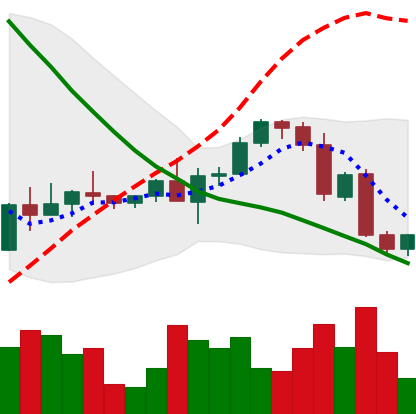
Ticker: ETH-USD
Chart end date: 2022-09-17
Forward return: -9.666%
Label: down_7plus